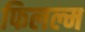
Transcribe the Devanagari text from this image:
फिलल्म